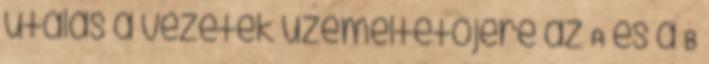
utalás a vezeték üzemeltetõjére az A és a B